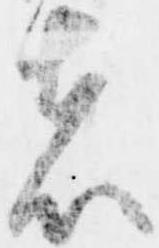
者